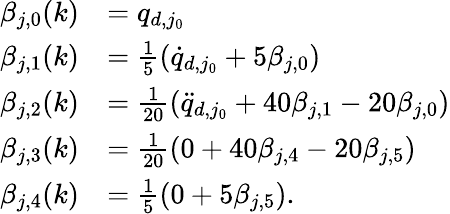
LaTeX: \begin{array}{rl}{\beta_{j,0}(k)}&{=q_{d,j_{0}}}\\ {\beta_{j,1}(k)}&{=\frac{1}{5}(\dot{q}_{d,j_{0}}+5\beta_{j,0})}\\ {\beta_{j,2}(k)}&{=\frac{1}{20}(\ddot{q}_{d,j_{0}}+40\beta_{j,1}-20\beta_{j,0})}\\ {\beta_{j,3}(k)}&{=\frac{1}{20}(0+40\beta_{j,4}-20\beta_{j,5})}\\ {\beta_{j,4}(k)}&{=\frac{1}{5}(0+5\beta_{j,5}).}\end{array}